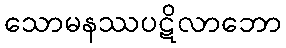
သောမနဿပဋိလာဘော